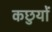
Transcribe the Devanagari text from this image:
कछुयों